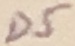
Text: D5